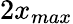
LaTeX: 2x_{max}